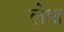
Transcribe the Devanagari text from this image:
लेमा